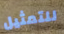
للتمثيل